Epidemic dropsy in Calcutta - Number 49
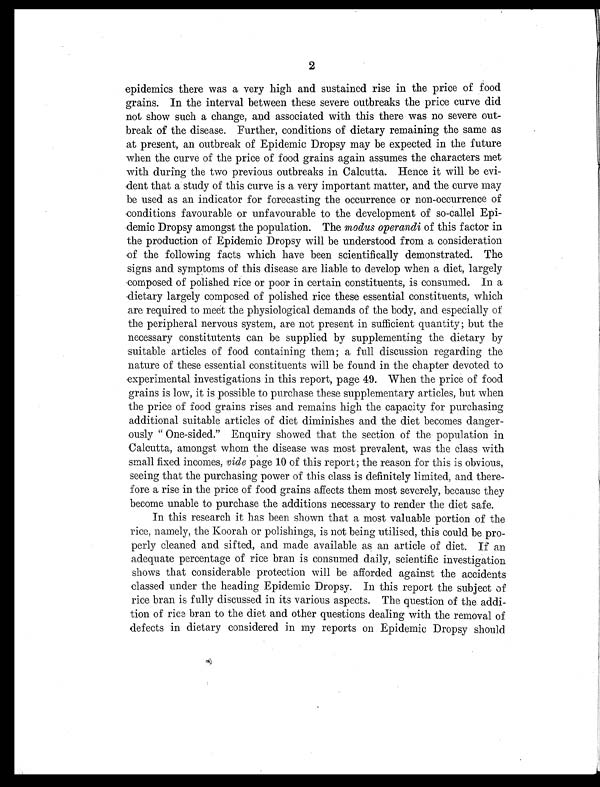
2
epidemics there was a very high and sustained rise in the price of food
grains. In the interval between these severe outbreaks the price curve did
not show such a change, and associated with this there was no severe out-
break of the disease. Further, conditions of dietary remaining the same as
at present, an outbreak of Epidemic Dropsy may be expected in the future
when the curve of the price of food grains again assumes the characters met
with during the two previous outbreaks in Calcutta. Hence it will be evi-
dent that a study of this curve is a very important matter, and the curve may
be used as an indicator for forecasting the occurrence or non-occurrence of
conditions favourable or unfavourable to the development of so-callel Epi-
demic Dropsy amongst the population. The modus operandi of this factor in
the production of Epidemic Dropsy will be understood from a consideration
of the following facts which have been scientifically demonstrated. The
signs and symptoms of this disease are liable to develop when a diet, largely
composed of polished rice or poor in certain constituents, is consumed. In a
dietary largely composed of polished rice these essential constituents, which
are required to meet the physiological demands of the body, and especially of
the peripheral nervous system, are not present in sufficient quantity; but the
necessary constitutents can be supplied by supplementing the dietary by
suitable articles of food containing them; a full discussion regarding the
nature of these essential constituents will be found in the chapter devoted to
experimental investigations in this report, page 49. When the price of food
grains is low, it is possible to purchase these supplementary articles, but when
the price of food grains rises and remains high the capacity for purchasing
additional suitable articles of diet diminishes and the diet becomes danger-
ously " One-sided." Enquiry showed that the section of the population in
Calcutta, amongst whom the disease was most prevalent, was the class with
small fixed incomes, vide page 10 of this report; the reason for this is obvious,
seeing that the purchasing power of this class is definitely limited, and there-
fore a rise in the price of food grains affects them most severely, because they
become unable to purchase the additions necessary to render the diet safe.
In this research it has been shown that a most valuable portion of the
rice, namely, the Koorah or polishings, is not being utilised, this could be pro-
perly cleaned and sifted, and made available as an article of diet. If an
adequate percentage of rice bran is consumed daily, scientific investigation
shows that considerable protection will be afforded against the accidents
classed under the heading Epidemic Dropsy. In this report the subject of
rice bran is fully discussed in its various aspects. The question of the addi-
tion of rice bran to the diet and other questions dealing with the removal of
defects in dietary considered in my reports on Epidemic Dropsy should